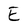
Character: E